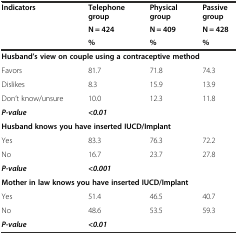
| <ROWSPAN=2> Indicators | Telephone group | Physical group | Passive group |
 | N = 424 | N = 409 | N = 428 |
 |  | % | % | % |
 | --- | --- | --- | --- |
 | <COLSPAN=4> Husband’s view on couple using a contraceptive method |
 | Favors | 81.7 | 71.8 | 74.3 |
 | Dislikes | 8.3 | 15.9 | 13.9 |
 | Don’t know/unsure | 10.0 | 12.3 | 11.8 |
 | P-value | <COLSPAN=3> <0.01 |
 | <COLSPAN=4> Husband knows you have inserted IUCD/Implant |
 | Yes | 83.3 | 76.3 | 72.2 |
 | No | 16.7 | 23.7 | 27.8 |
 | P-value | <COLSPAN=3> <0.001 |
 | <COLSPAN=4> Mother in law knows you have inserted IUCD/Implant |
 | Yes | 51.4 | 46.5 | 40.7 |
 | No | 48.6 | 53.5 | 59.3 |
 | P-value | <COLSPAN=3> <0.01 |